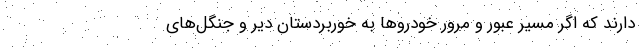
دارند که اگر مسیر عبور و مرور خودروها به خوربردستان دیّر و جنگل‌های